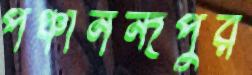
পঞ্চানন্দপুর